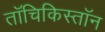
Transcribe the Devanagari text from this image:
तॉचिकिस्तॉन